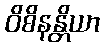
ဝိစိနန္တိယာ